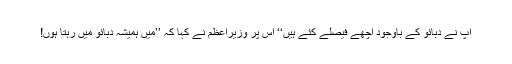
آپ نے دبائو کے باوجود اچھے فیصلے کئے ہیں‘‘ اسِ پر وزیرِاعظم نے کہا کہ ’’میں ہمیشہ دبائو میں رہتا ہُوں!